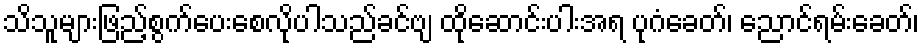
သိသူများဖြည့်စွက်ပေးစေလိုပါသည်ခင်ဗျ ထိုဆောင်းပါးအရ ပုဂံခေတ်၊ ညောင်ရမ်းခေတ်၊